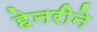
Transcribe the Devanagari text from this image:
हेनरीने